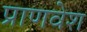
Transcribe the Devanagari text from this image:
प्राणवेश